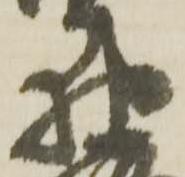
野